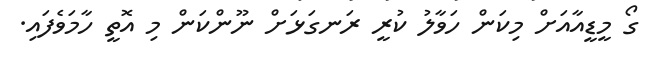
ގޯ މީޑީއާއަށް މިކަން ހަވާލު ކުރީ ރަނގަޅަށް ނޫންކަން މި އޮތީ ހާމަވެފައި.